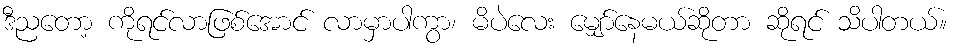
ဒီညတော့ ကိုရင်လာဖြစ်အောင် လာမှာပါကွာ၊ မိပဲလေး မျှော်နေမယ်ဆိုတာ ဆိုရင် သိပါတယ်။